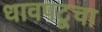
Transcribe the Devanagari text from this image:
धावपटूचा